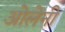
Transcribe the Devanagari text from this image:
ओलेनी